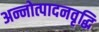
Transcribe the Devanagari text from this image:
अन्नोत्पादनवृद्धि